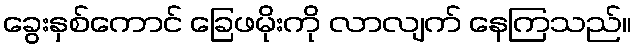
ခွေးနှစ်ကောင် ခြေဖမိုးကို လာလျက် နေကြသည်။